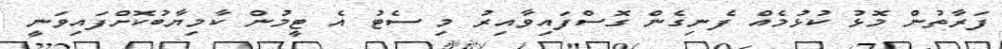
ފަރާތުން މޮޅު ކުޅުމެއް ފެނިގެން ގޮސްފައިވާއިރު މި ސެޓު އެ ޓީމުން ކާމިޔާބުކޮށްފައިވަނީ